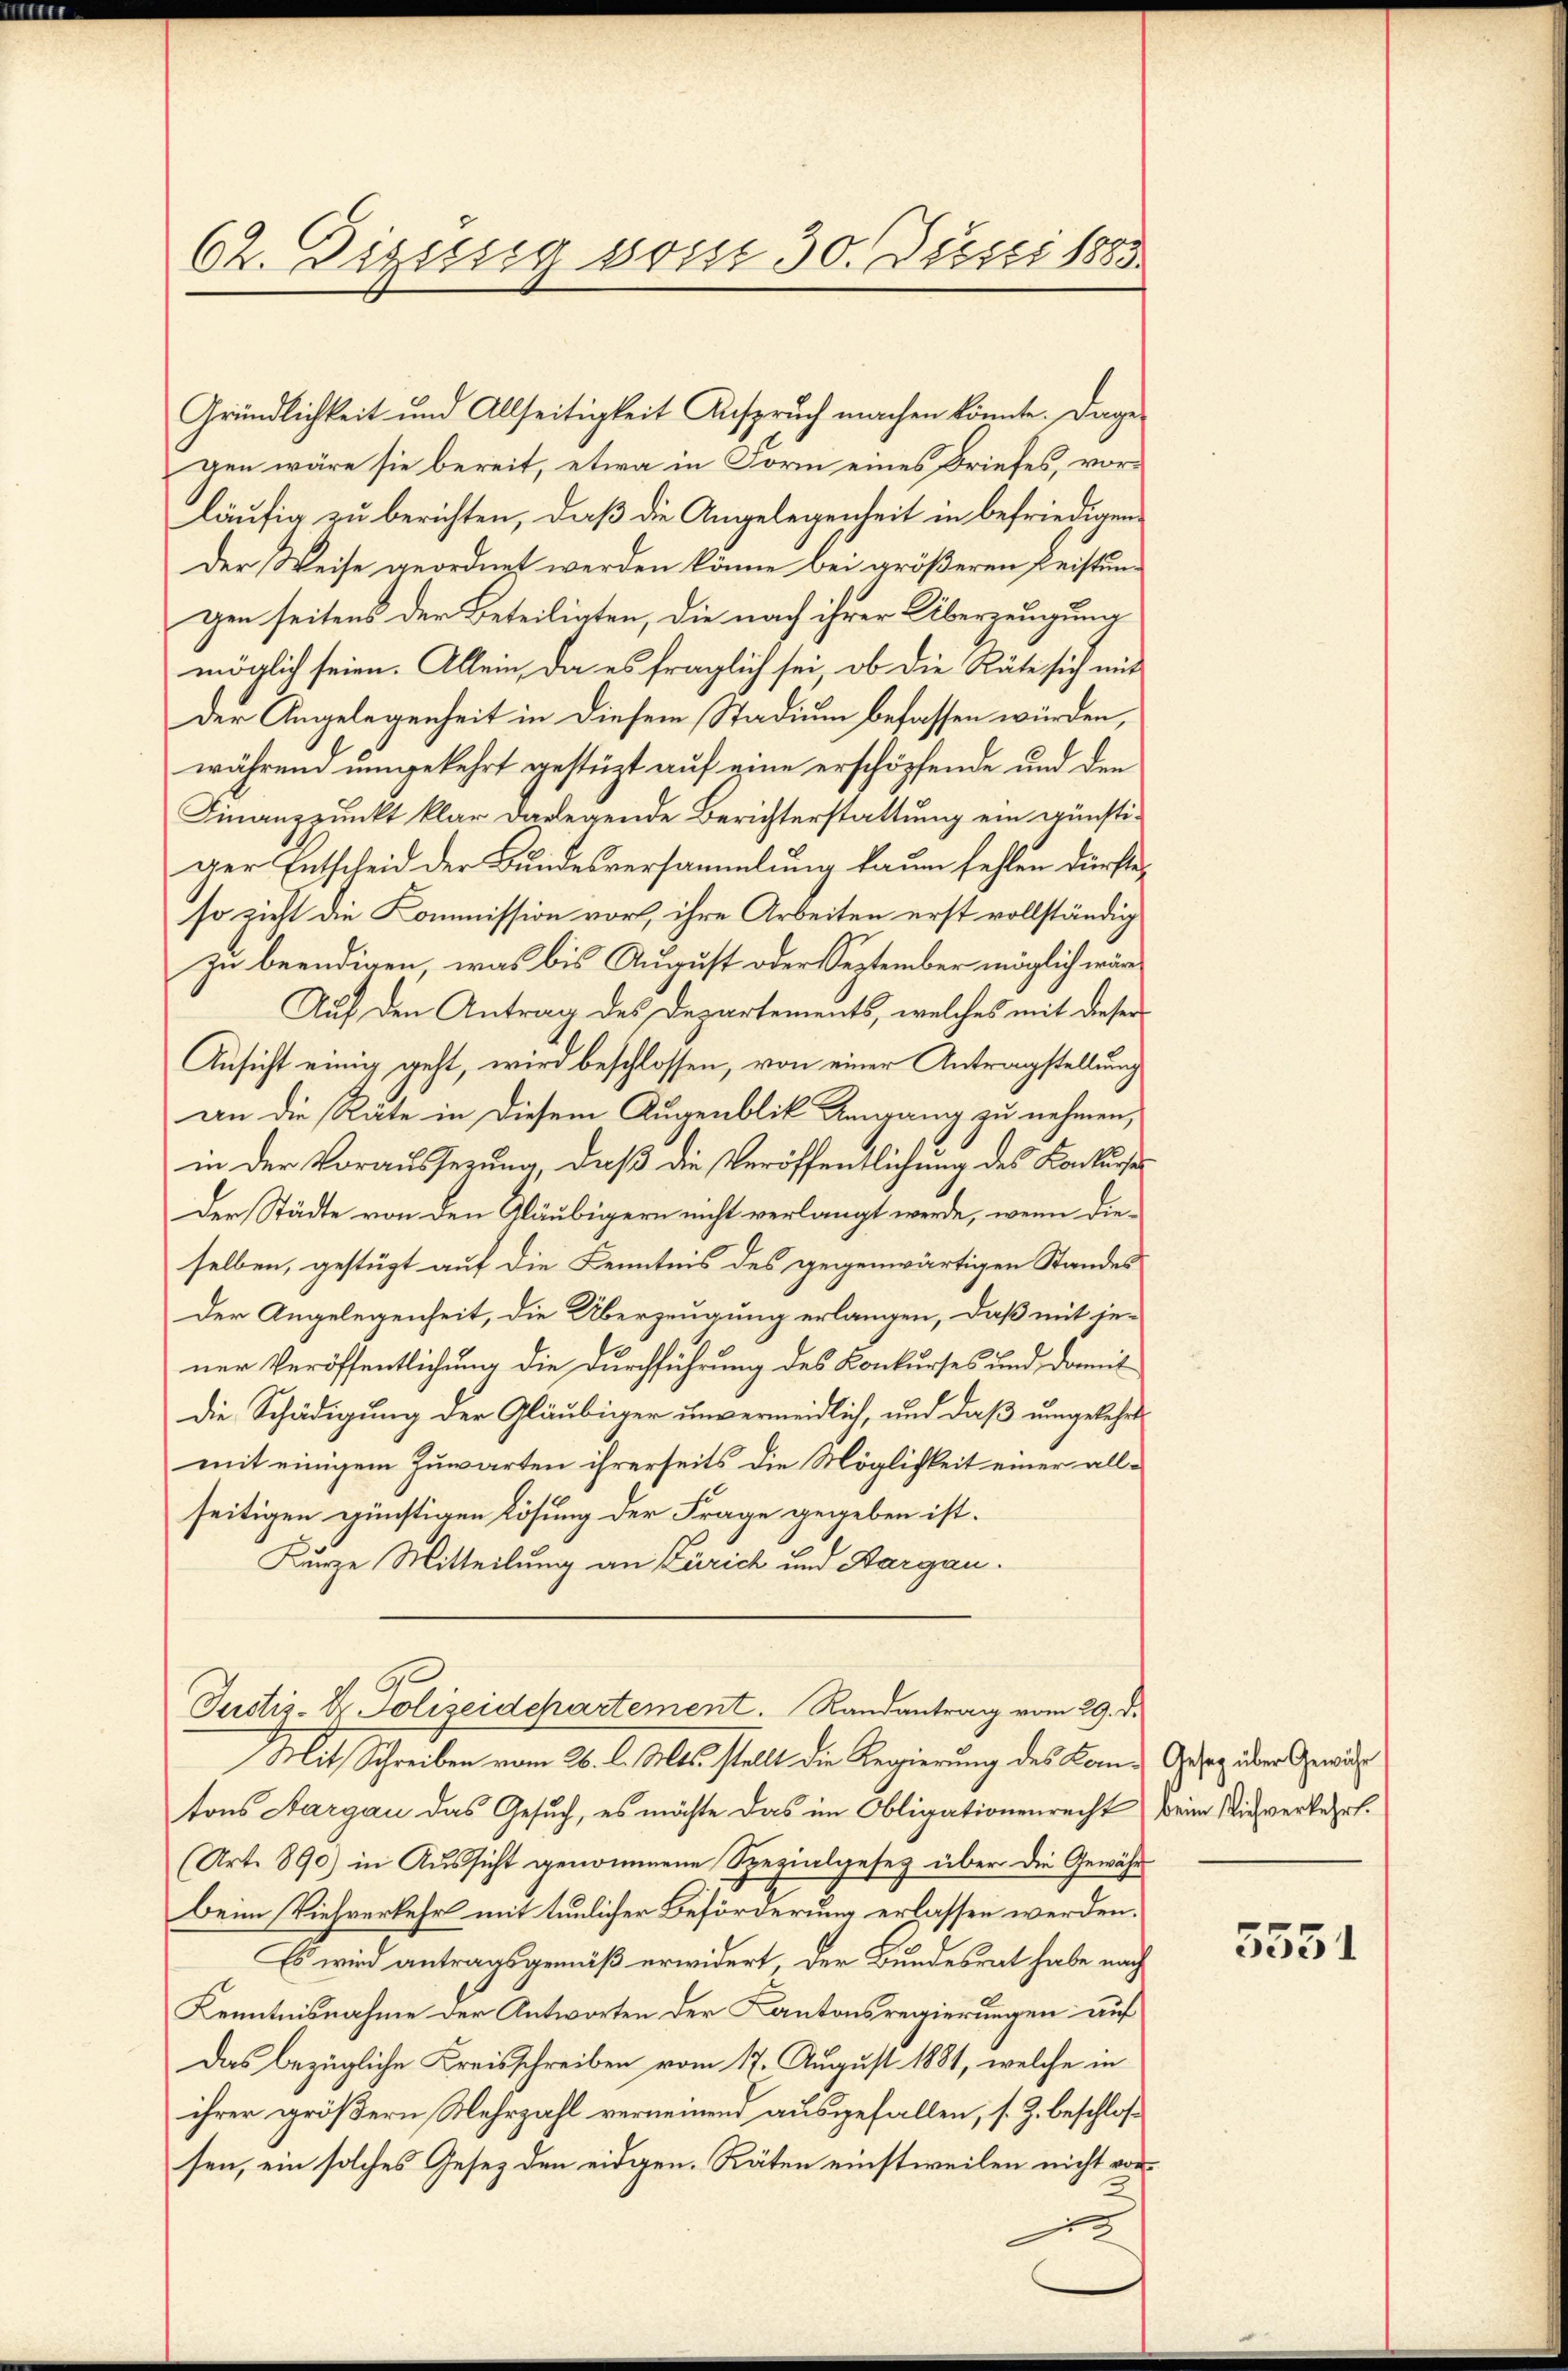
62. Dizissig sont 30. Juni 1883.

gen wäre sie bereit, etwa in Form eines Briefes, vorläufig zu berichten, daß die Angelegenheit in befriedigen
der Weise geordnet werden könne bei größeren Beistungen seitens der Beteiligten, die nach ihrer Überzeugung
möglich seien. Allein, da es fraglich sei, ob die Räte sich mit
der Angelegenheit in diesem Stadium befassen würden,
während umgekehrt gestützt auf eine erschöpfende und den
Finanzpunkt klar darlegende Berichterstattung ein günstiger Entscheid der Bundesversammlung kaum fehlen dürfte,
so zieht die Kommission vor, ihre Arbeiten erst vollständig
zu beendigen, was bis August oder September möglich wäre
Auf den Antrag des Departements, welches mit dieser
Ansicht einig geht, wird beschlossen, von einer Antragstellung
an die Räte in diesem Augenblik Umgang zu nehmen,
in der Vorausserung, daß die Veröffentlichung des Konkurse
Der Städte von den Gläubigern nicht verlangt werde, wenn dieselben, gestügt auf die Kenntnis des gegenwärtigen Standes
Der Angelegenheit, die Überzeugung erlangen, daß mit je-
ner Veröffentlichung die Durchführung des Konkurses und damit
die Schädigung der Gläubiger unvermeidlich, und daß umgekehrt
mit einigem Zuwarten ihrerseits die Möglichkeit einer allseitigen günstigen Lösung der Frage gegeben ist.
Kurze Mitteilung an Zürich und Aargau.

Gründlichkeit und Allseitigkeit Anspruch machen könnte. Dage-

Justiz-Dr. Polizeidchartement. Randantrag vom 29. d.

Mit Schreiben vom 26. l. Mts. stellt die Regierung des Kannes Gesez der Gerich
tons Aargau das Gesuch, es möchte das im Obligationenrecht beim Wie verkehrt.
Art. 890) in Aussicht genommene Spezialgesetz über die Gewährs
beim Viehverkehr mit tunlicher Beförderung erlassen werden.
Es wird antragsgemäß erwidert, der Bundesrat habe nach
Kenntnisnahme der Antworten der Kantonsregierungen auf
Das bezügliche Kreisschreiben vom 17. August 1881, welche in
ihrer größern Mehrzahl verneinend ausgefallen, s. Z. beschlossen, ein solches Gesetz den eidgen. Räten einstweilen nicht vor
13

5551